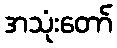
အသုံးတော်